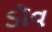
ડૉવ